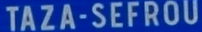
TAZA-SEFROU